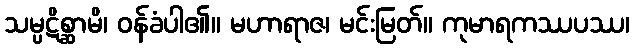
သမ္ပဋိစ္ဆာမိ၊ ဝန်ခံပါ၏။ မဟာရာဇ၊ မင်းမြတ်။ ကုမာရကဿပဿ၊